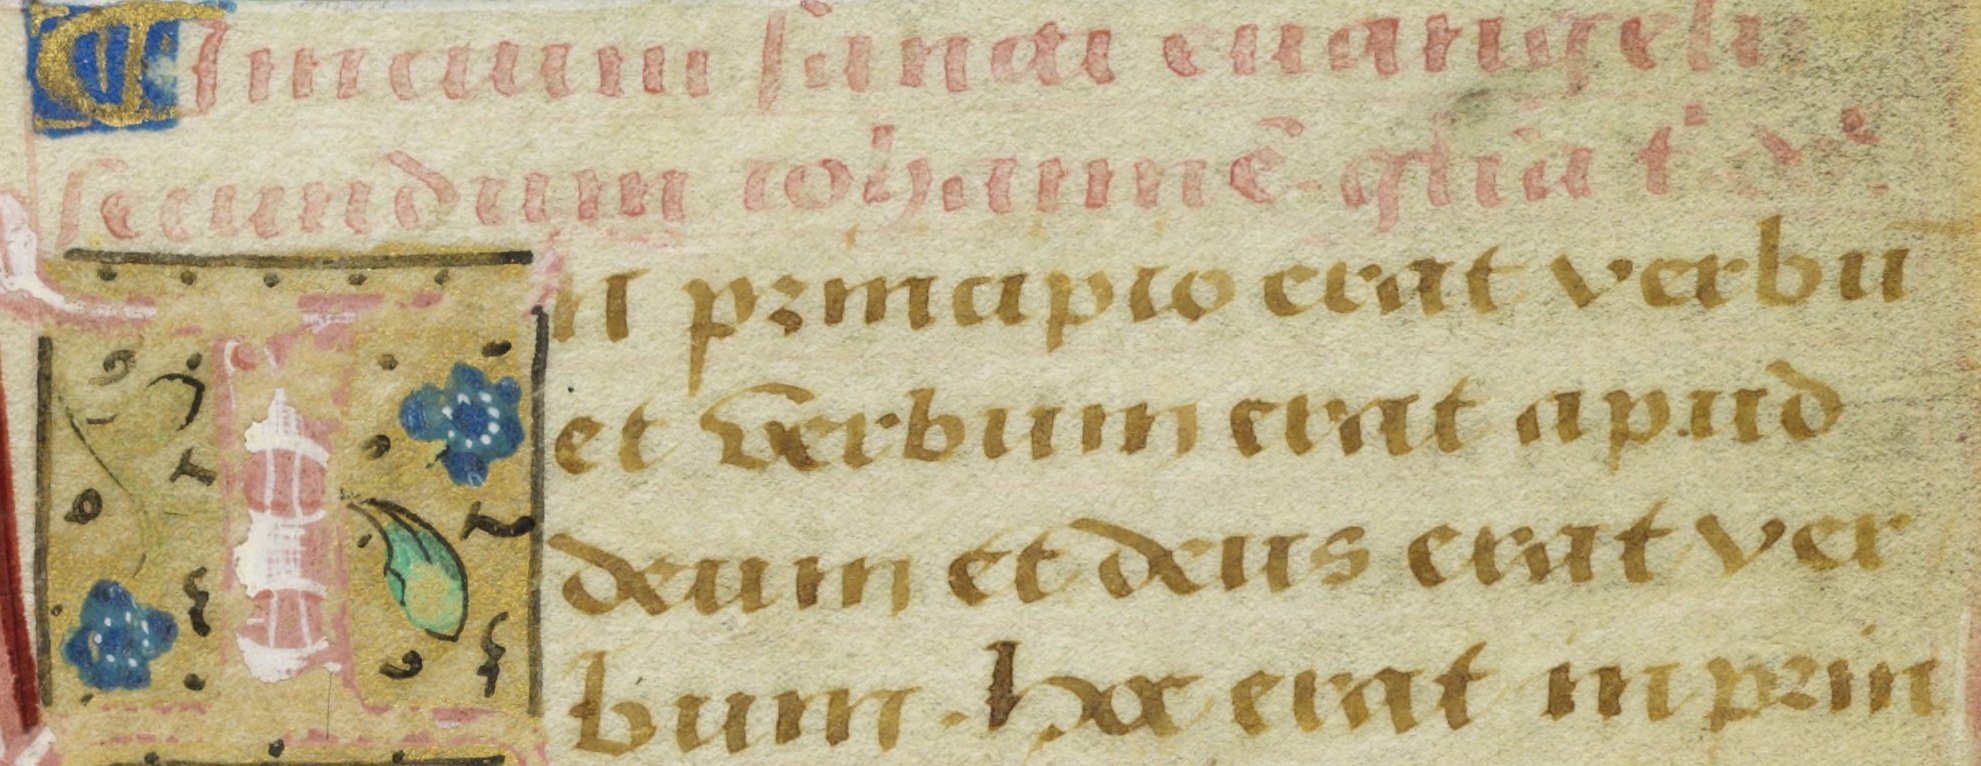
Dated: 1525–1549